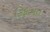
કિફાયત